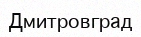
Дмитровград